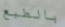
بالطبع